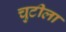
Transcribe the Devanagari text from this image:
चुटीला